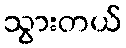
သွားတယ်